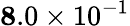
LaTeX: {\mathbf 8.0\times 10^{-1}}